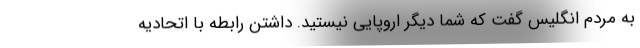
به مردم انگلیس گفت که شما دیگر اروپایی نیستید. داشتن رابطه با اتحادیه